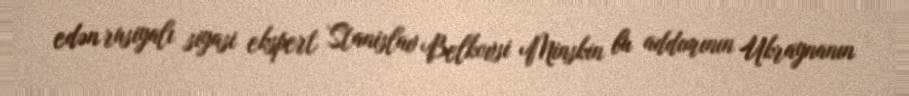
edən rusiyalı siyasi ekspert Stanislav Belkovsi Minskin bu addımının Ukraynanın